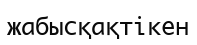
жабысқақтікен